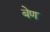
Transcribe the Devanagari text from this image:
बेण